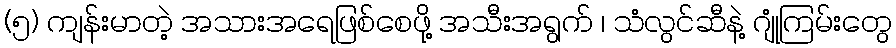
(၅) ကျန်းမာတဲ့ အသားအရေဖြစ်စေဖို့ အသီးအရွက် ၊ သံလွင်ဆီနဲ့ ဂျုံကြမ်းတွေ